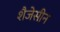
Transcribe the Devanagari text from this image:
शैजेसीन